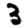
Digit: 3